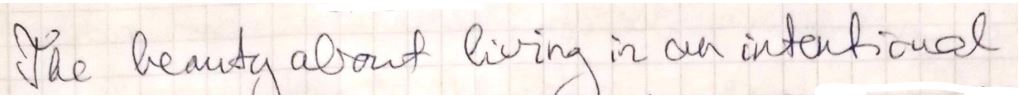
The beauty about living in an international